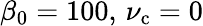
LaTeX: \beta_{0}=100,\, \nu_{\mathrm{c}}=0